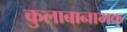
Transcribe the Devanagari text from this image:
कुलाबानामक